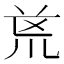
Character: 𭅟